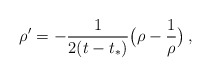
\begin{align*}\rho' = -\frac{1}{2(t-t_*)} \bigl(\rho-\frac 1\rho\bigr) \,,\end{align*}